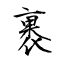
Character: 裹